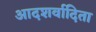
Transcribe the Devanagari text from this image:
आदशर्वादिता